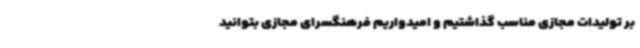
بر تولیدات مجازی مناسب گذاشتیم و امیدواریم فرهنگسرای مجازی بتوانید